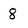
Character: 8